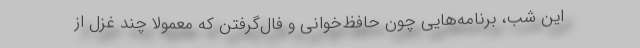
این شب، برنامه‌هایی چون حافظ­خوانی و فال‌گرفتن که معمولا چند غزل از